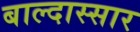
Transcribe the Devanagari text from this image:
बाल्दास्सार